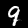
Label: 9